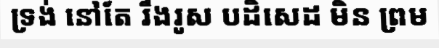
ទ្រង់ នៅតែ រឹងរូស បដិសេដ មិន ព្រម